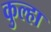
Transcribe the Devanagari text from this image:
कुल्हा